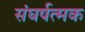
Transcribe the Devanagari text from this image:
संघर्षत्मक